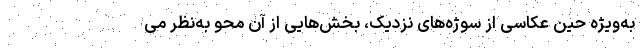
به‌ویژه حین عکاسی از سوژه‌های نزدیک، بخش‌هایی از آن محو به‌نظر می